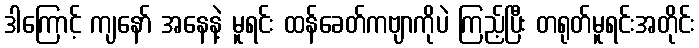
ဒါကြောင့် ကျနော် အနေနဲ့ မူရင်း ထန်ခေတ်ကဗျာကိုပဲ ကြည့်ပြီး တရုတ်မူရင်းအတိုင်း